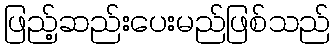
ဖြည့်ဆည်းပေးမည်ဖြစ်သည်